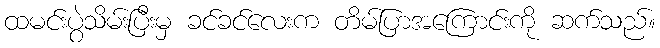
ထမင်းပွဲသိမ်းပြီးမှ ခင်ခင်လေးက တိမ်ပြာအကြောင်းကို ဆက်သည်။